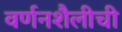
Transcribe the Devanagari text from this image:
वर्णनशैलीची